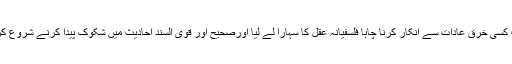
کہ جب کسی خرق عادات سے انکار کرنا چاہا فلسفیانہ عقل کا سہارا لے لیا اورصحیح اور قوی السند احادیث میں شکوک پیدا کرنے شروع کردیئے۔